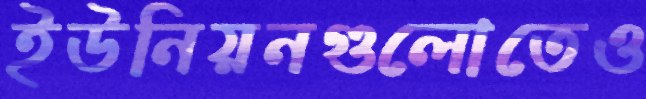
ইউনিয়নগুলোতেও